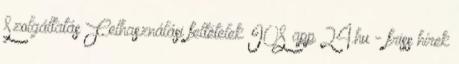
Szolgáltatás Felhasználási feltételek IOS app 24.hu - friss hírek